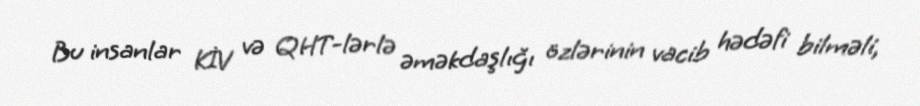
Bu insanlar KİV və QHT-lərlə əməkdaşlığı özlərinin vacib hədəfi bilməli,